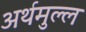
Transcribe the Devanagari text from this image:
अर्थमुल्ल